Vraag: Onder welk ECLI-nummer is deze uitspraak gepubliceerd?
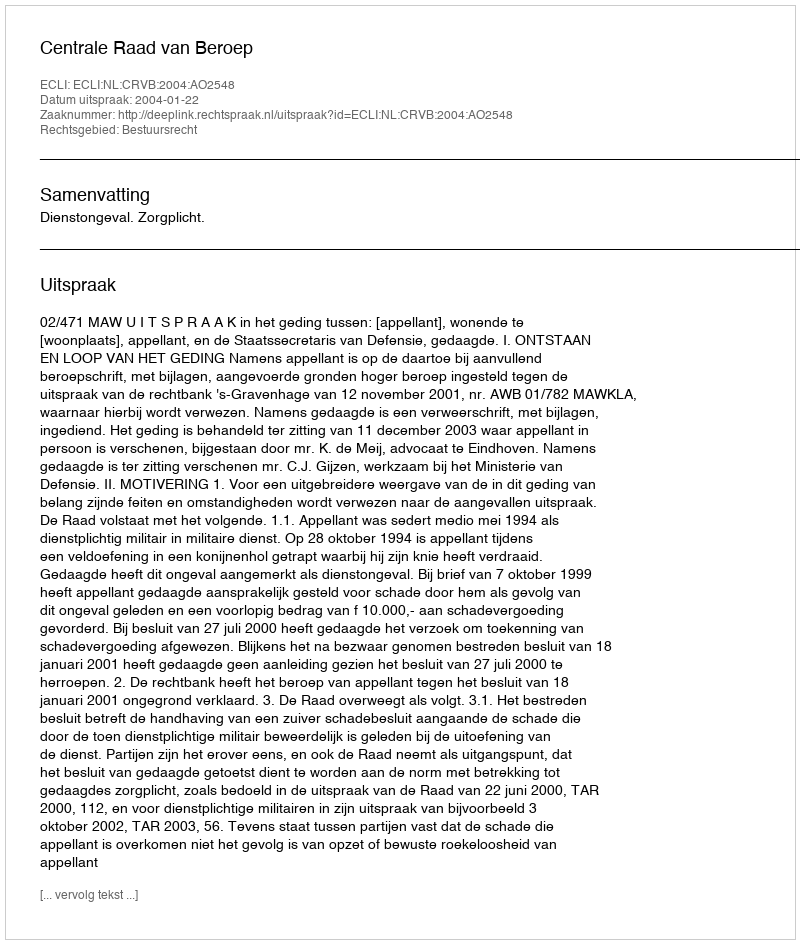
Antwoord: ECLI:NL:CRVB:2004:AO2548